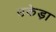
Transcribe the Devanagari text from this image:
उकेड़ा